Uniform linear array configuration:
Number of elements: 32
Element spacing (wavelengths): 0.75
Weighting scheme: kaiser
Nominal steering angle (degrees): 0
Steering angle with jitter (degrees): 1.861
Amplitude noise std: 0.05
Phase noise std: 0.05

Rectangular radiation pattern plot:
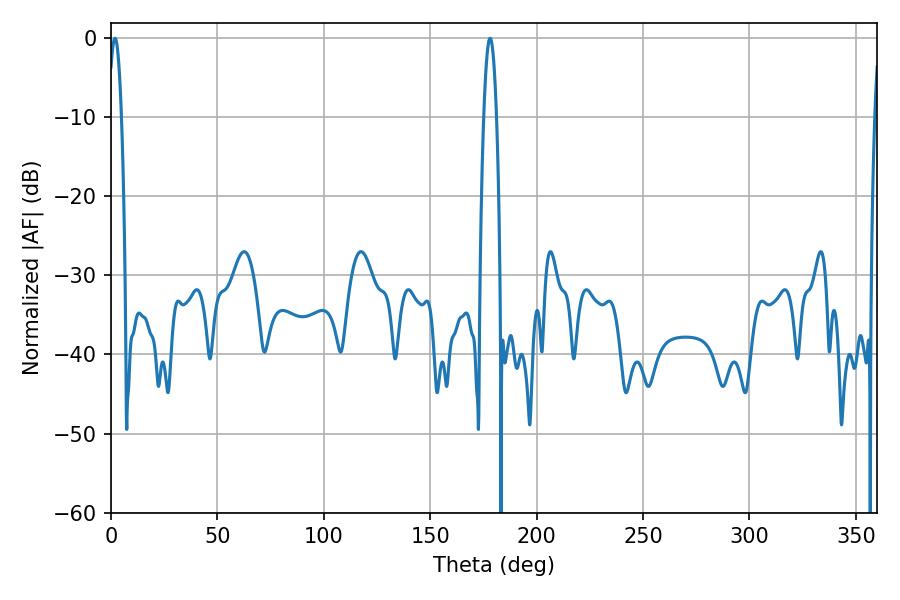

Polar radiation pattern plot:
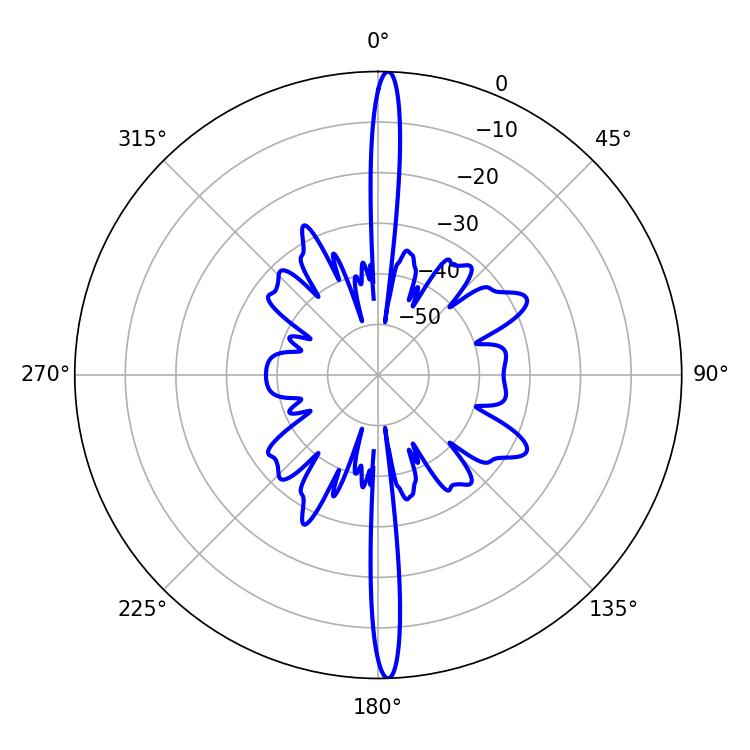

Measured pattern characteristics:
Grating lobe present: TRUE
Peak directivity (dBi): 26.365
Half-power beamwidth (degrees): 3.24
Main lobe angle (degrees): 1.8